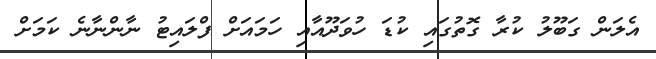
އެލަން ގަބޫލު ކުރާ ގޮތުގައި ކުޑަ ހުވަދޫއާއި ހަމައަށް ފްލައިޓު ނާންނާނެ ކަމަށް